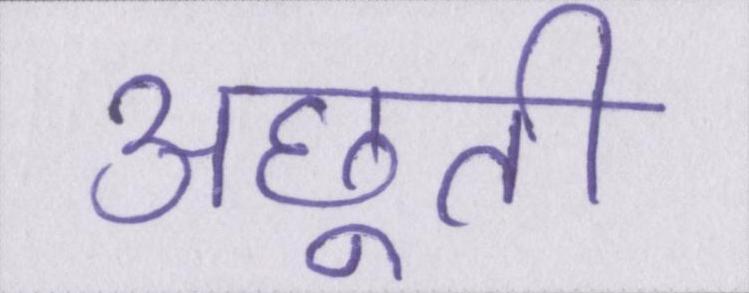
अछूती